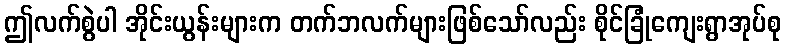
ဤလက်စွဲပါ အိုင်းယွန်းများက တက်ဘလက်များဖြစ်သော်လည်း စိုင်ခြုံကျေးရွာအုပ်စု